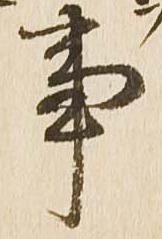
事